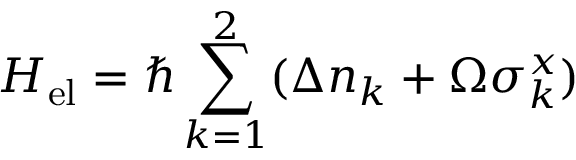
H _ { \mathrm { e l } } = \hbar \sum _ { k = 1 } ^ { 2 } ( \Delta n _ { k } + \Omega \sigma _ { k } ^ { x } )